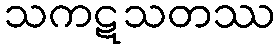
သကဋသတဿ